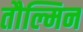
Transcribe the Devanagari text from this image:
तौल्मिन